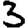
Digit: 3